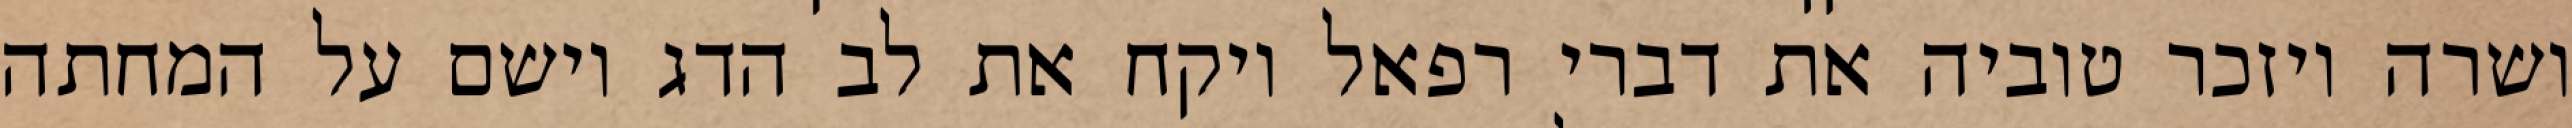
ושרה ויזכר טוביה את דברי רפאל ויקח את לב הדג וישם על המחתה